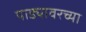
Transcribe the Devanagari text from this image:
पाड्यावरच्या